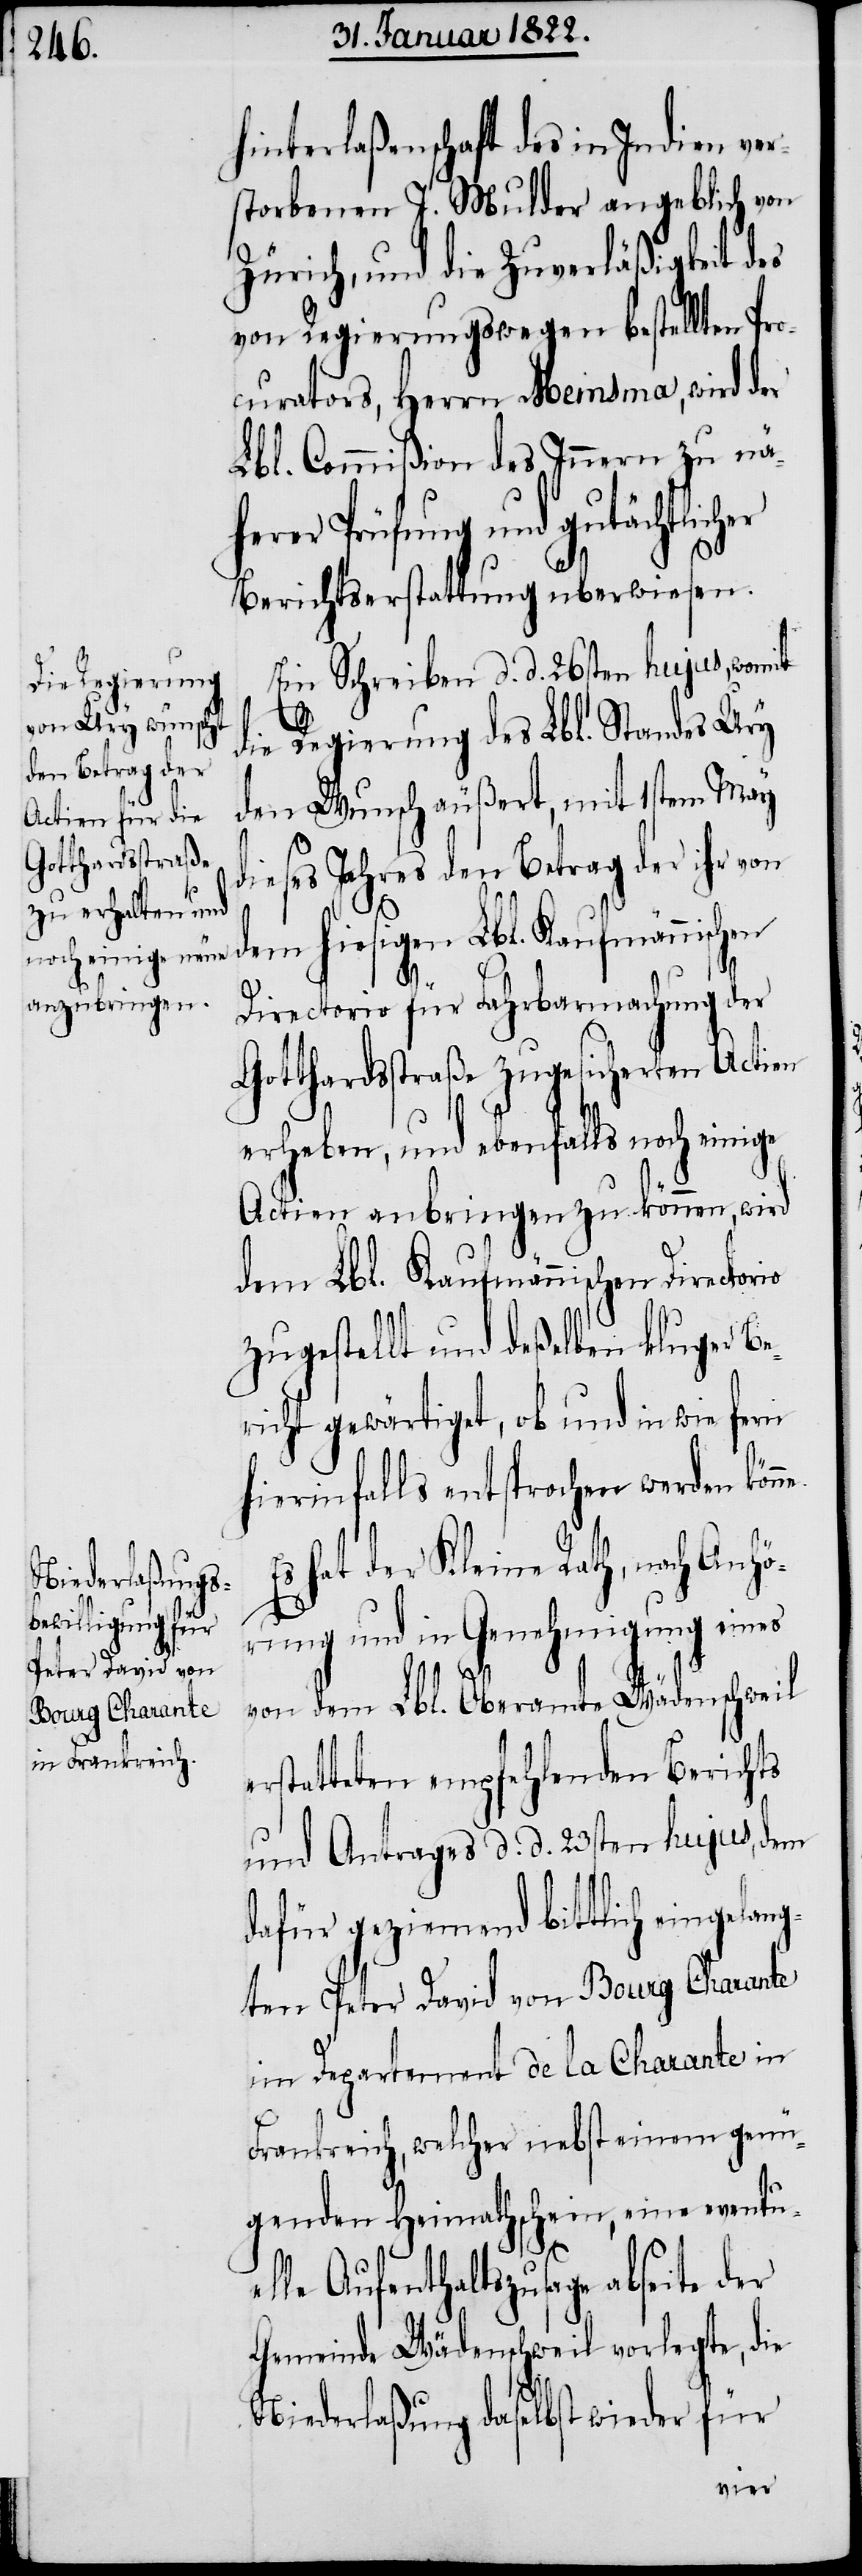
hinterlaßenschaft des in Indien ver¬
storbenen J. Mulder angeblich von
Zürich, und die Zuverläßigkeit des
von Regierungswegen bestellten Pro¬
curators, Herrn Meinsma, wird der
Lbl. Commißion des Innern zu nä¬
herer Prüfung und gutächtlicher
Berichtserstattung überwiesen.
Ein Schreiben d. d. 26sten hujus, womit
e¬
die Regierung des Lbl. Standes Ury
den Wunsch äußert, mit 1stem May
dieses Jahres den Betrag der ihr vo¬
n dem hiesigen Lbl. Kaufmännischen
ge
Directorio für Fahrbarmachung der
Gotthardstraße zugesicherten Actien
erheben, und ebenfalls noch eini¬
Actien anbringen zu können, wird
dem Lbl. Kaufmännischen Directorio
zugestellt und deßelben kluger Be¬
richt gewärtiget, ob und in wie fern
hierinfalls entsprochen werden kön¬
Es hat der Kleine Rath, nach Anhö¬
rung und in Genehmigung eines
von dem Lbl. Oberamte Wädenschweil
rstatteten empfehlenden Berichts
und Antrages d. d. 23sten hujus, dem
dafür geziemend bittlich eingelan¬
gten Peter David von Bourg Charante
im Departement de la Charante in
Frankreich, welcher nebst einem genü¬
genden Heimathschein, eine eventue¬
lle Aufenthaltszusage abseite der
Gemeinde Wädenschweil vorlegte, die
Niederlaßung daselbst wieder für